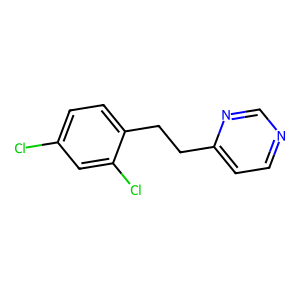
SMILES: Clc1ccc(CCc2ccncn2)c(Cl)c1
Inhibits HIV replication: No